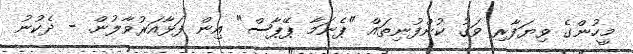
މީހުންގެ ވިޔަފާރި ވަގު ކުންފުނިތައް "ޕެނަމާ ޕޭޕާސް" އިން ފަޅާއަރުވާލުން. - ދެކުނު